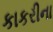
કાકરીના